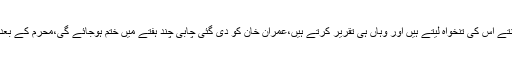
انہوں نے کہا کہ عمران خان جس اسمبلی کو نہیں مانتے اس کی تنخواہ لیتے ہیں اور وہاں ہی تقریر کرتے ہیں،عمران خان کو دی گئی چابی چند ہفتے میں ختم ہوجائے گی،محرم کے بعد عمران اسی اسمبلی میں بیٹھ کر مذاکرات کریں گے۔